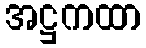
အဋ္ဌကထာ